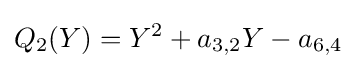
Q_{2}(Y)=Y^{2}+a_{3,2}Y-a_{6,4}